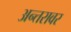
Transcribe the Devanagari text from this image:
अन्तरावर